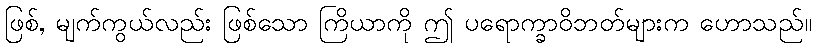
ဖြစ်, မျက်ကွယ်လည်း ဖြစ်သော ကြိယာကို ဤ ပရောက္ခာဝိဘတ်များက ဟောသည်။